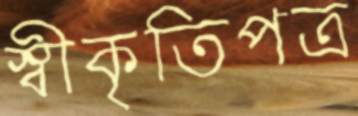
স্বীকৃতিপত্র